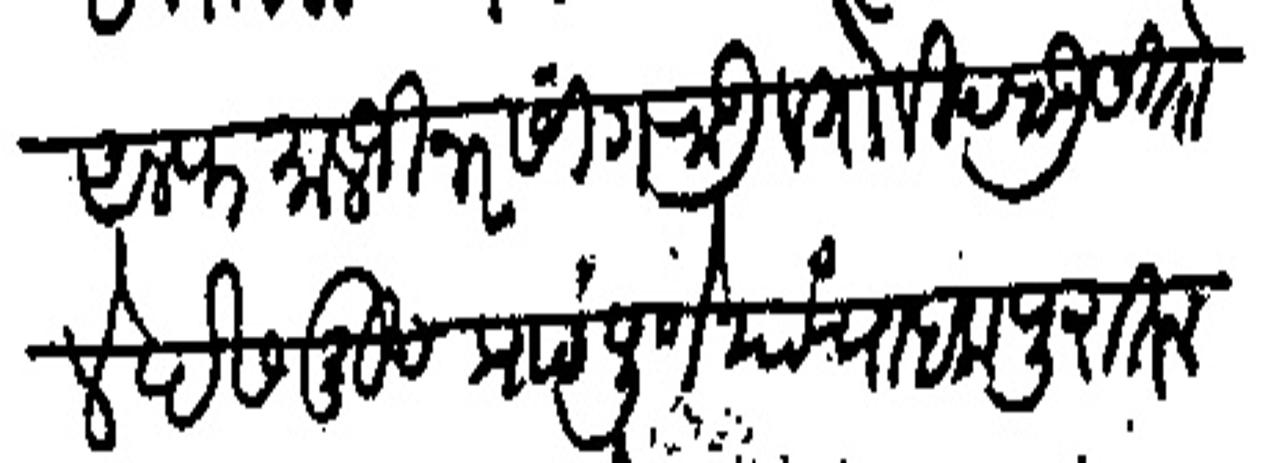
Transliteration (Devanagari): अलफ मालजी नरसींगराऊ व गोविंदराऊ सितोले देशमुख प्रा पुणे याचा हक पुरातन